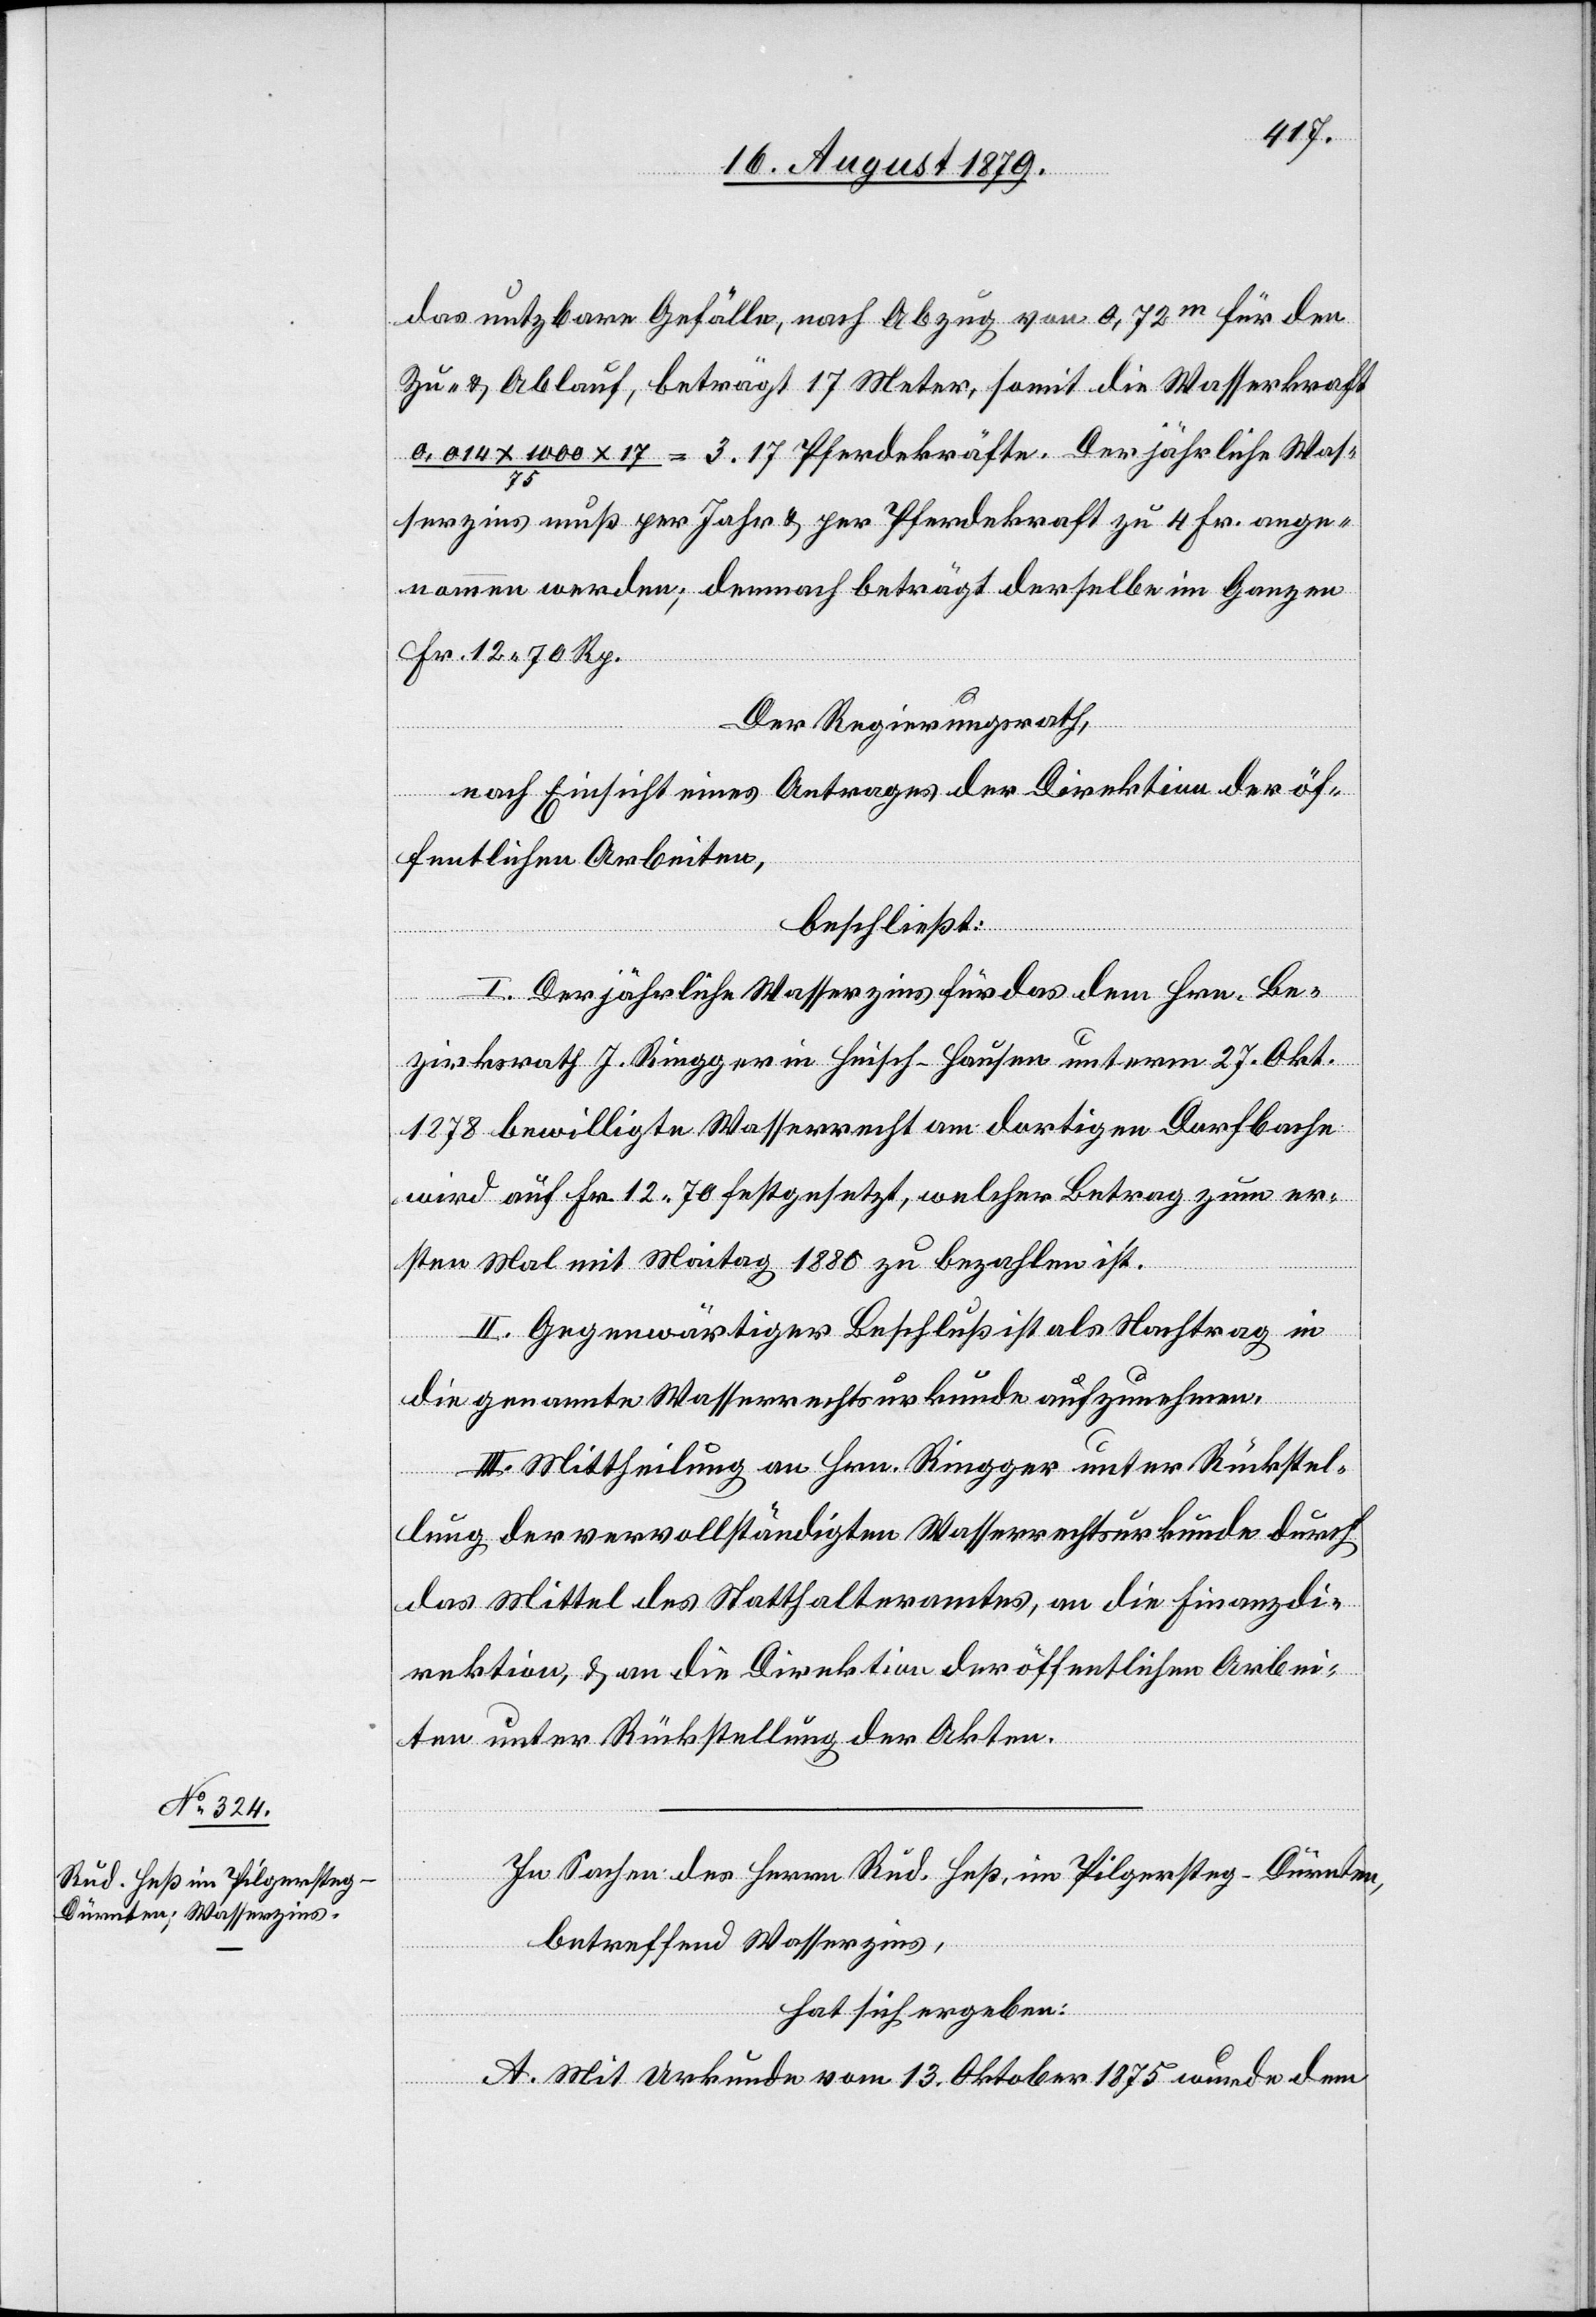
das nutzbare Gefälle, nach Abzug von 0,72m für den
Zu- & Ablauf, beträgt 17 Meter, somit die Wasserkraft
x 17 / 75 = 3.17 Pferdekräfte. Der jährliche Was¬
serzins muß per Jahr & per Pferdekraft zu 4 Fr. ange¬
nommen werden; demnach beträgt derselbe im Ganzen
Fr. 12 70 Rp.
Der Regierungsrath,
nach Einsicht eines Antrages der Direktion der öf¬
fentlichen Arbeiten,
beschließt:
I. Der jährliche Wasserzins für das dem Hrn. Be¬
zirksrath J. Ringger in Heisch - Hausen unterm 27. Okt.
1878 bewilligte Wasserrecht am dortigen Dorfbache
wird auf Fr. 12 70 festgesetzt, welcher Betrag zum er¬
sten Mal mit Maitag 1880 zu bezahlen ist.
II. Gegenwärtiger Beschluß ist als Nachtrag in
die genannte Wasserrechtsurkunde aufzunehmen.
III. Mittheilung an Hrn. Ringger unter Rückstel¬
lung der vervollständigten Wasserrechtsurkunde durch
das Mittel des Statthalteramtes, an die Finanzdi¬
rektion, & an die Direktion der öffentlichen Arbei¬
ten unter Rückstellung der Akten.
In Sachen des Herrn Rud. Heß, im Pilgersteg - Dürnten,
betreffend Wasserzins,
hat sich ergeben:
A. Mit Urkunde vom 13. Oktober 1875 wurde dem